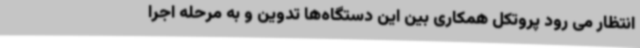
انتظار می رود پروتکل همکاری بین این دستگاه‌ها تدوین و به مرحله اجرا